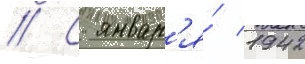
// С январ'я́ 1942